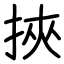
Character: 挾